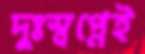
দুঃস্বপ্নেই